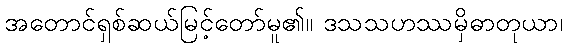
အတောင်ရှစ်ဆယ်မြင့်တော်မူ၏။ ဒသသဟဿမှိဓာတုယာ၊